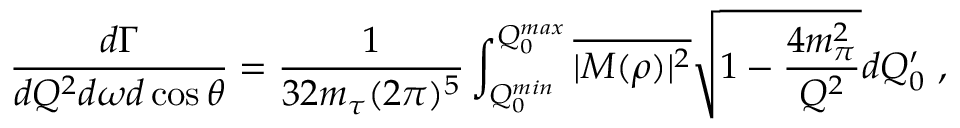
\frac { d \Gamma } { d Q ^ { 2 } d \omega d \cos \theta } = \frac { 1 } { 3 2 m _ { \tau } ( 2 \pi ) ^ { 5 } } \int _ { Q _ { 0 } ^ { m i n } } ^ { Q _ { 0 } ^ { m a x } } \overline { { { | { \cal M } ( \rho ) | ^ { 2 } } } } \sqrt { 1 - \frac { 4 m _ { \pi } ^ { 2 } } { Q ^ { 2 } } } d Q _ { 0 } ^ { \prime } \ ,